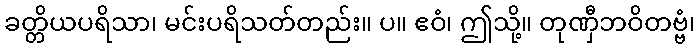
ခတ္တိယပရိသာ၊ မင်းပရိသတ်တည်း။ ပ။ ဧဝံ၊ ဤသို့။ တုဏှီဘဝိတဗ္ဗံ၊